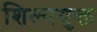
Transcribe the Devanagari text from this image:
शिल्पयुक्त